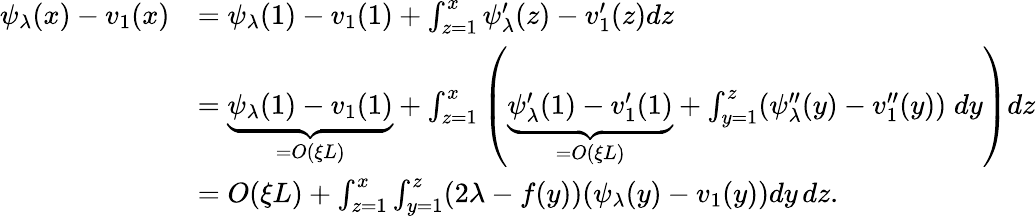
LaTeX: \begin{array}{rl}{\psi_{\lambda}(x)-v_{1}(x)}&{={\psi_{\lambda}(1)-v_{1}(1)}+\int_{z=1}^{x}\psi_{\lambda}^{\prime}(z)-v_{1}^{\prime}(z)dz}\\ &{=\underbrace{\psi_{\lambda}(1)-v_{1}(1)}_{=O(\xi L)}+\int_{z=1}^{x}\left(\underbrace{\psi_{\lambda}^{\prime}(1)-v_{1}^{\prime}(1)}_{=O(\xi L)}+\int_{y=1}^{z}(\psi_{\lambda}^{\prime\prime}(y)-v_{1}^{\prime\prime}(y))\; dy\right)dz}\\ &{=O(\xi L)+\int_{z=1}^{x}\int_{y=1}^{z}(2\lambda-f(y))(\psi_{\lambda}(y)-v_{1}(y))dy\, dz.}\end{array}